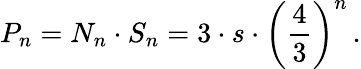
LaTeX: P_{n}=N_{n}\cdot S_{n}=3\cdot s\cdot{\left({\frac{4}{3}}\right)}^{n}\, .